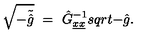
\sqrt { - \tilde { \hat { g } } } \ = \ \hat { G } _ { \underline { { x } } \underline { { x } } } ^ { - 1 } s q r t { - \hat { g } } .